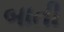
બાતી